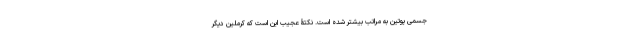
جسمی پوتین به مراتب بیشتر شده است. نکتۀ عجیب این است که کرملین دیگر